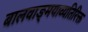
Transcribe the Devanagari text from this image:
बालवाङ्‌मयाव्यतिरिक्त